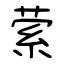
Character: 萦